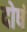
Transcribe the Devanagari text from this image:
दोषं